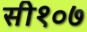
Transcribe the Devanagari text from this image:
सी१०७